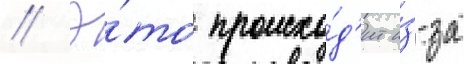
// Э́то происхо́д'ит и́з-за